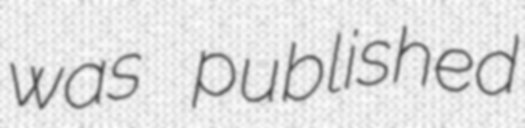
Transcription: was published